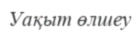
Уақыт өлшеу